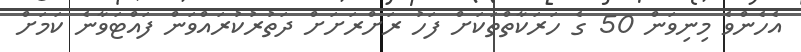
އެހެންވެ މިނިވަން 50 ގެ ހަރަކާތްތަކަށް ފަހު ރަށްރަށަށް ދަތުރުކުރައްވަން ފައްޓަވާނެ ކަމަަށް